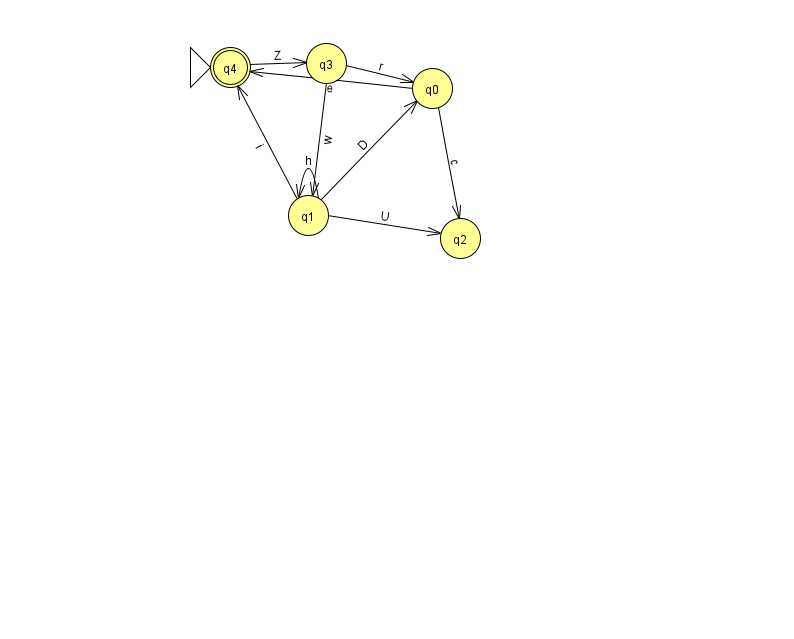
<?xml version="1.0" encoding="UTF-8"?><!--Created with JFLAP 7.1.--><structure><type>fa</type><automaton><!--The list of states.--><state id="0" name="q0"><x>432.0</x><y>75.0</y></state><state id="1" name="q1"><x>308.0</x><y>202.0</y></state><state id="2" name="q2"><x>460.0</x><y>225.0</y></state><state id="3" name="q3"><x>326.0</x><y>50.0</y></state><state id="4" name="q4"><x>230.0</x><y>54.0</y><initial/><final/></state><!--The list of transitions.--><transition><from>3</from><to>0</to><read>r</read></transition><transition><from>1</from><to>4</to><read>i</read></transition><transition><from>0</from><to>4</to><read>e</read></transition><transition><from>1</from><to>2</to><read>U</read></transition><transition><from>1</from><to>1</to><read>h</read></transition><transition><from>4</from><to>3</to><read>Z</read></transition><transition><from>3</from><to>1</to><read>w</read></transition><transition><from>1</from><to>0</to><read>D</read></transition><transition><from>0</from><to>2</to><read>c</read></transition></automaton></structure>